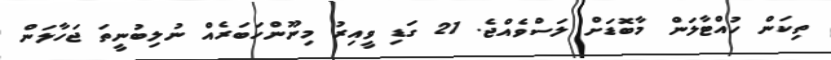
ތިކަން ހުއްޓާލަން މާބޮޑަށް ލަސްވެއްޖެ. 21 ގަޑި ވީއިރު މިނޫންހަބަރެއް ނުލިބުނީތަ ޖަހާލަން